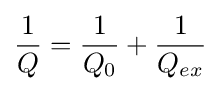
{\frac {1}{Q}}={\frac {1}{Q_{0}}}+{\frac {1}{Q_{ex}}}